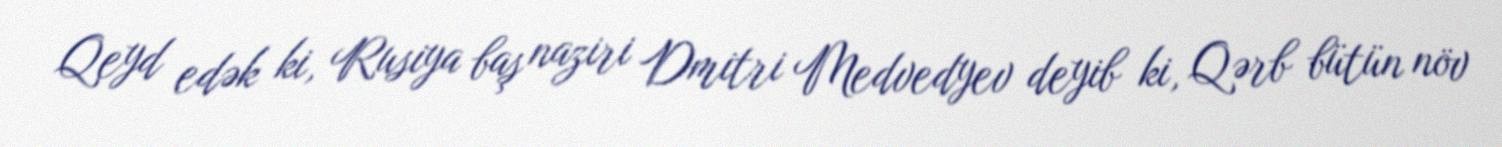
Qeyd edək ki, Rusiya baş naziri Dmitri Medvedyev deyib ki, Qərb bütün növ